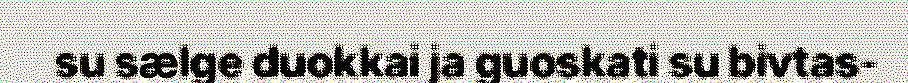
su sælge duokkai ja guoskati su bivtas-